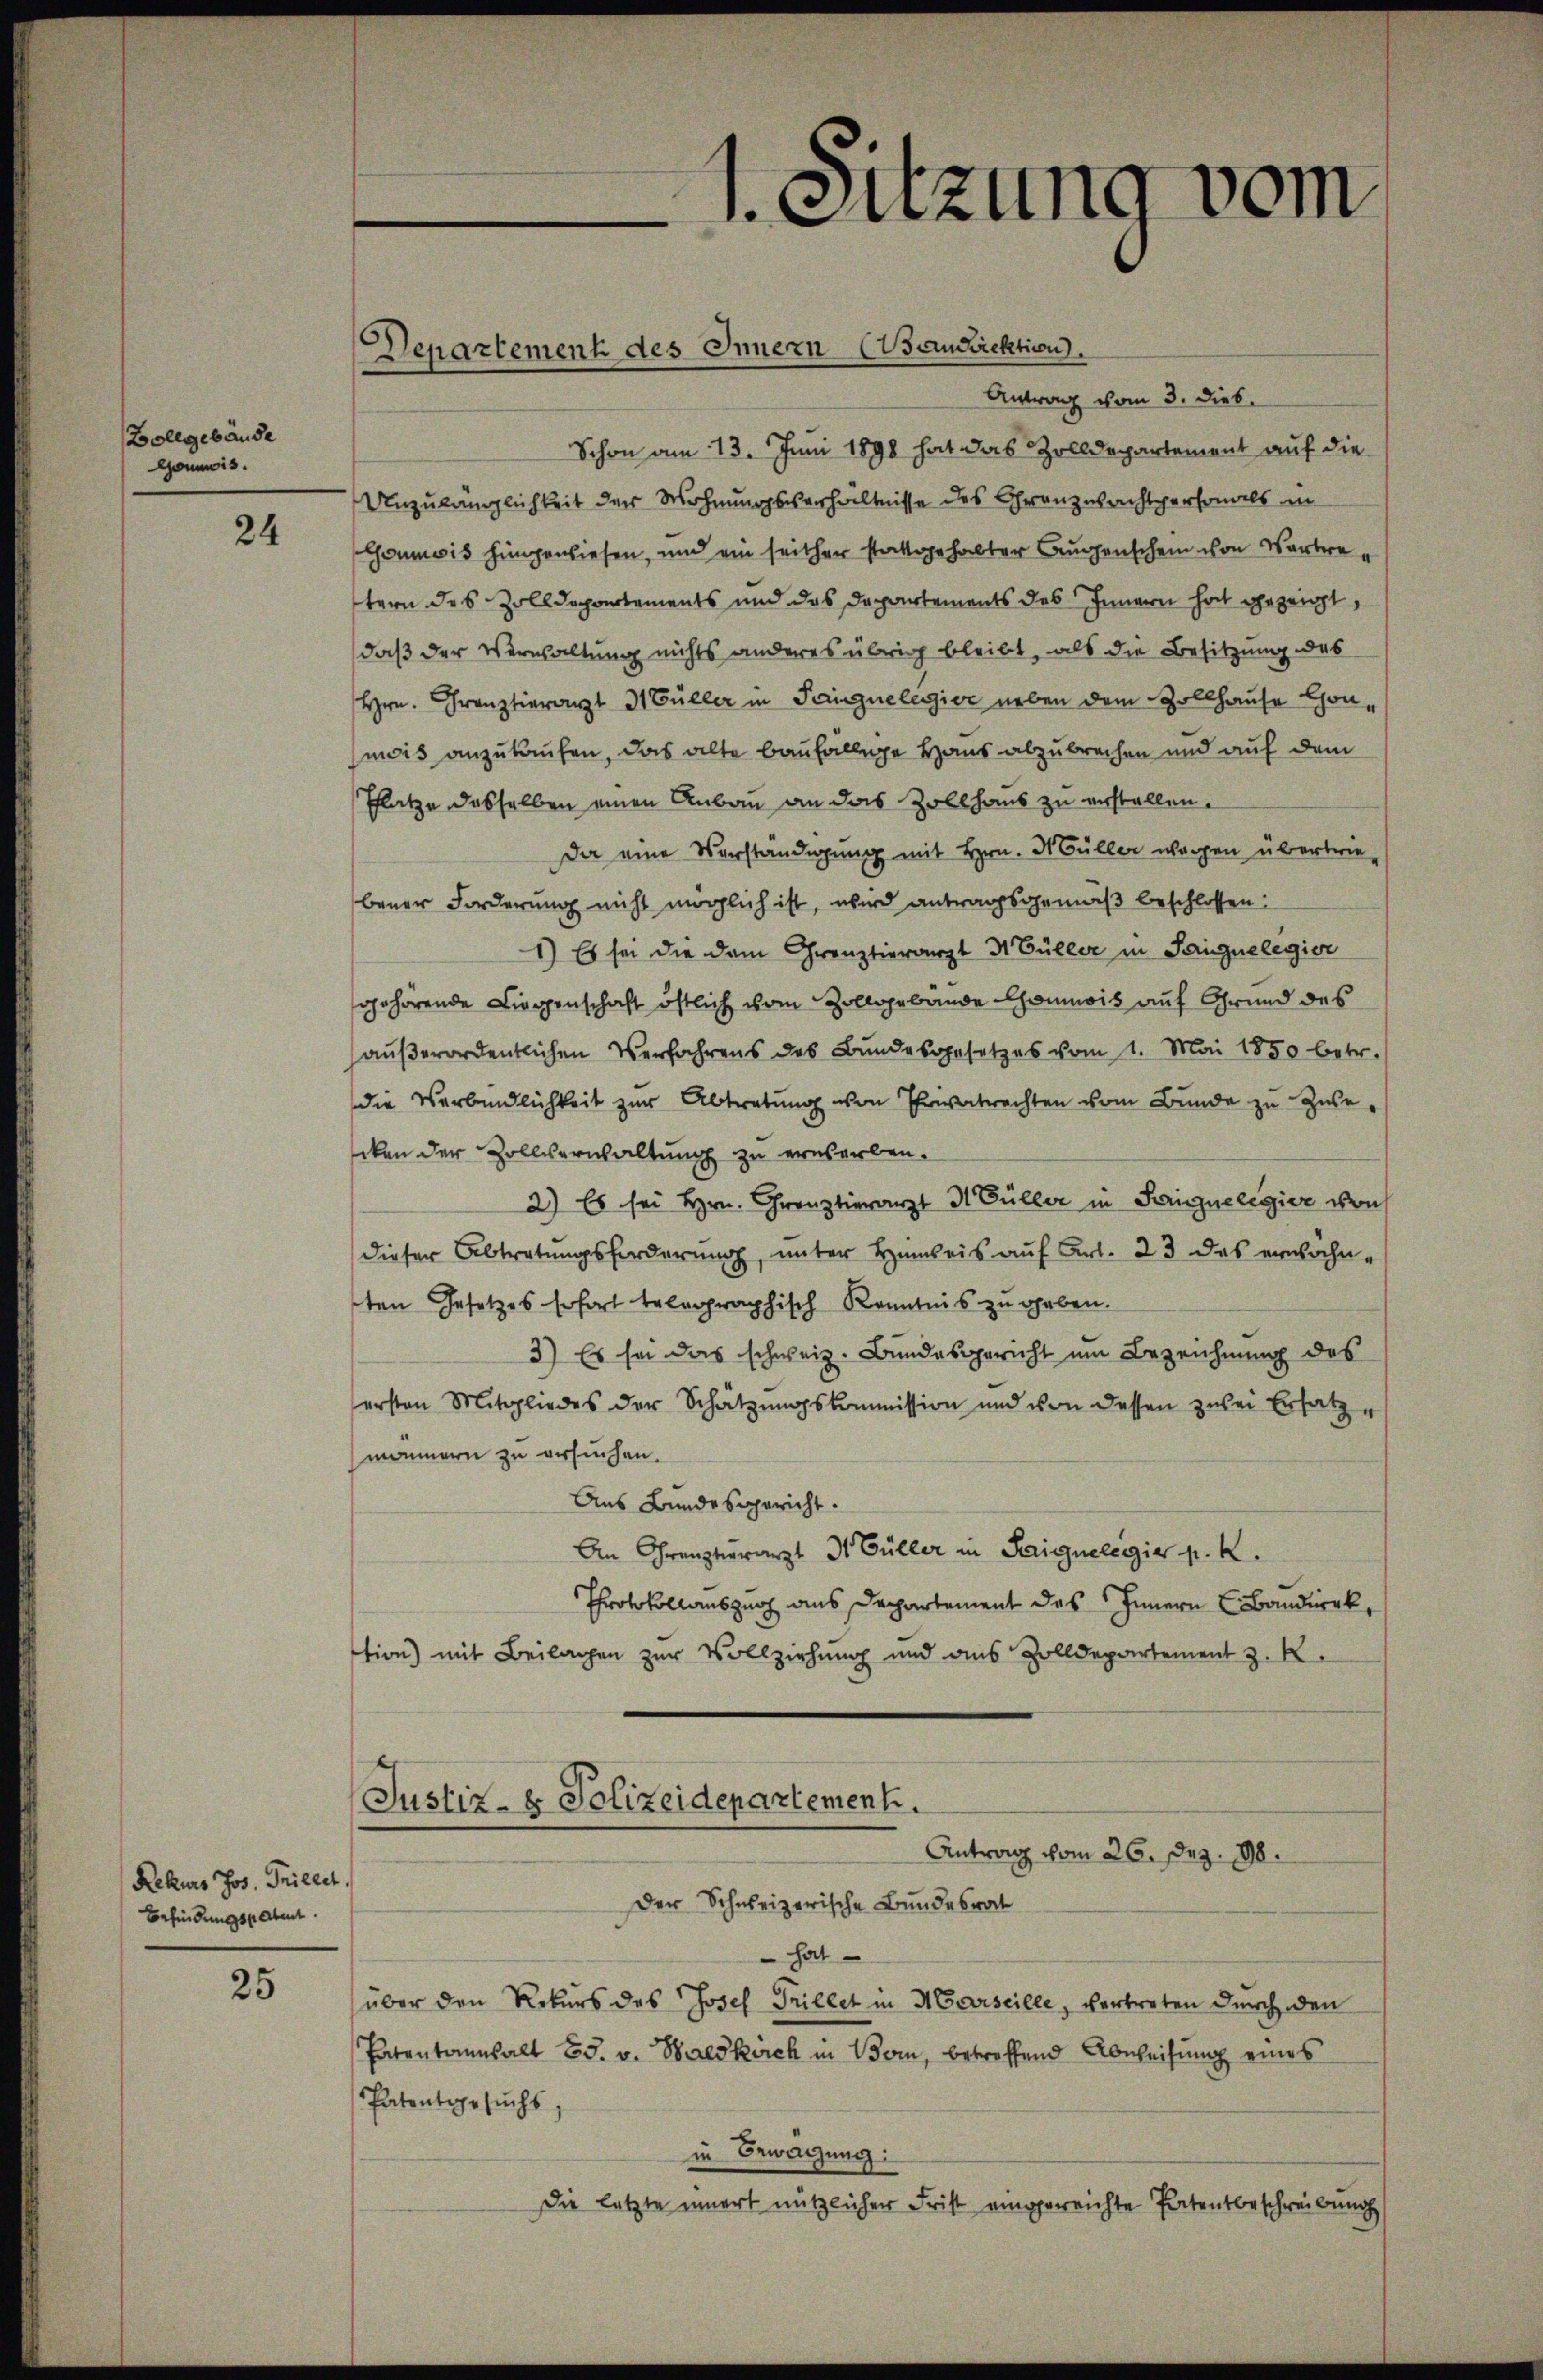
Zollgebäude
Gommis

24

Rekurs Jos. Grillet,
Befindungspatent

25

Departement des Innern Candirektion.

Antrag vom 3. Dieb.
Schon am 13. Juni 1898 hat das Zolldepartement auf die
Unzulänglichkeit der Wohnungsverhältnisse des Granzwachtpersonals in
Commis hingewiesen, und ein seither stattgehabter Augenschein von Vertre
tern des Zolldepartements und das Departements des Innern hat gezeigt,
daß der Verwaltung nichts anderes übrig bleibt, als die Besitzung des
Hrn. Franztierarzt 31 Füller in Tangelegier neben dem Zollhause Conmois anzukaufen, das alte baufällige Haus abzubrechen und auf dem
Platze desselben einen Anbau an das Zollhaus zu erstellen.
Da eine Vorständigung mit Hrn. Müller wegen übertriebener Forderung nicht möglich ist, wird antragsgemäß beschlossen:
1) Es sei die dem Grenztierarzt 3 Büller in Sangelegier
gehörende Liegenschaft östlich vom Zollgebäude Commis auf Grund des
außerordentlichen Verfahrens des Bundesgesetzes vom 1. Mai 1850 betr.
die Verbindlichkeit zur Abtretung von Ehrwatrechten vom Bunde zu Zube-
cken der Zollverwaltung zu erwerben-
2) Es sei Hrn. Grenztierarzt Müller in Rangelegier von
dieser Abtretungsforderung, unter Hinweis auf Art. 23 das erwähnten Gesetzes sofort telegraphisch Kenntnis zu geben.
3) Es sei das schweiz. Bundesgericht um Bezeichnung des
ersten Mitgliedes der Schätzungskommission und von dessen zwei Ersatzmännern zu ersuchen.
Aus Bundesgericht.
An Grenztierarzt Dr Füller in Sigelegia p. 2.
Throtokollauszug aus Departement des Innern Bandirek
tion) mit Beilagen zur Vollziehung und aus Zolldepartement z. R.
Justiz- & Polizeidepartement.
Antrag vom 26. Dez. 98.

1. Sitzung vom

Der Schweizerische Bundesrat

hat
über den Rekurs des Josef Grillet in Marseille, vertreten durch den
Patentgesuchs,
in Bewälzung:
Die letzte innert nützlicher Frist eingereichte Patentbeschreibung

Patentannhalt 23. v. Waldkirch in Bonn, betreffend Abweisung eines